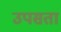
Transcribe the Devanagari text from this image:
उपसता